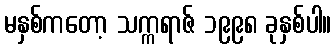
မနှစ်ကတော့ သက္ကရာဇ် ၁၉၉၈ ခုနှစ်ပါ။